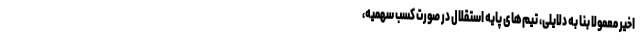
اخیر معمولا بنا به دلایلی، تیم‌های پایه استقلال در صورت کسب سهمیه،